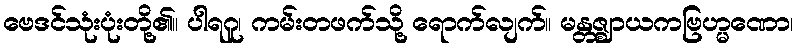
ဗေဒင်သုံးပုံးတို့၏။ ပါရဂူ၊ ကမ်းတဖက်သို့ ရောက်လျက်။ မန္တဇ္ဈာယကဗြဟ္မဏော၊